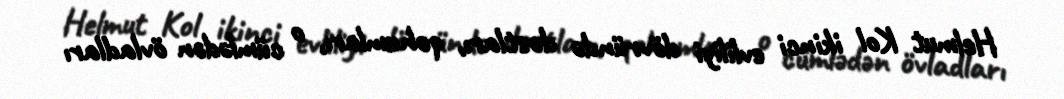
Helmut Kol ikinci evliliyi dövründə dostları, qohumları, o cümlədən övladları